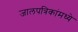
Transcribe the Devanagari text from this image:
जालपत्रिकांमध्ये